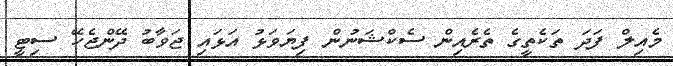
މެއިލް ފަދަ ތަކެތީގެ ތެރެއިން ސެކްޝަނުން ފިޔަވަޅު އަޅައި ޖަވާބު ދޭންޖެހޭ ސިޓީ